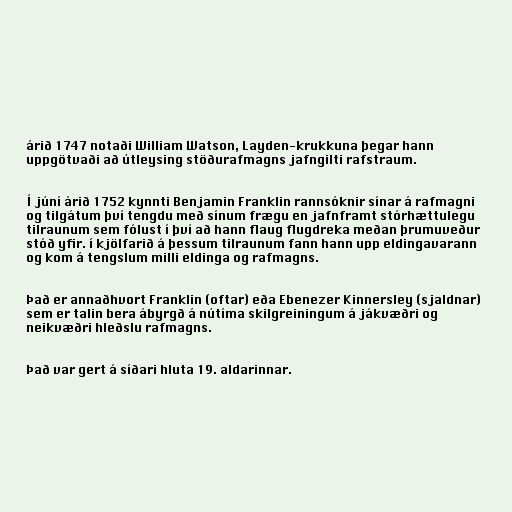
árið 1747 notaði William Watson, Layden-krukkuna þegar hann
uppgötvaði að útleysing stöðurafmagns jafngilti rafstraum.

Í júní árið 1752 kynnti Benjamin Franklin rannsóknir sínar á rafmagni
og tilgátum því tengdu með sínum frægu en jafnframt stórhættulegu
tilraunum sem fólust í því að hann flaug flugdreka meðan þrumuveður
stóð yfir. í kjölfarið á þessum tilraunum fann hann upp eldingavarann
og kom á tengslum milli eldinga og rafmagns.

Það er annaðhvort Franklin (oftar) eða Ebenezer Kinnersley (sjaldnar)
sem er talin bera ábyrgð á nútíma skilgreiningum á jákvæðri og
neikvæðri hleðslu rafmagns.

Það var gert á síðari hluta 19. aldarinnar.